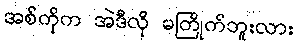
အစ်ကိုက အဲဒီလို မကြိုက်ဘူးလား